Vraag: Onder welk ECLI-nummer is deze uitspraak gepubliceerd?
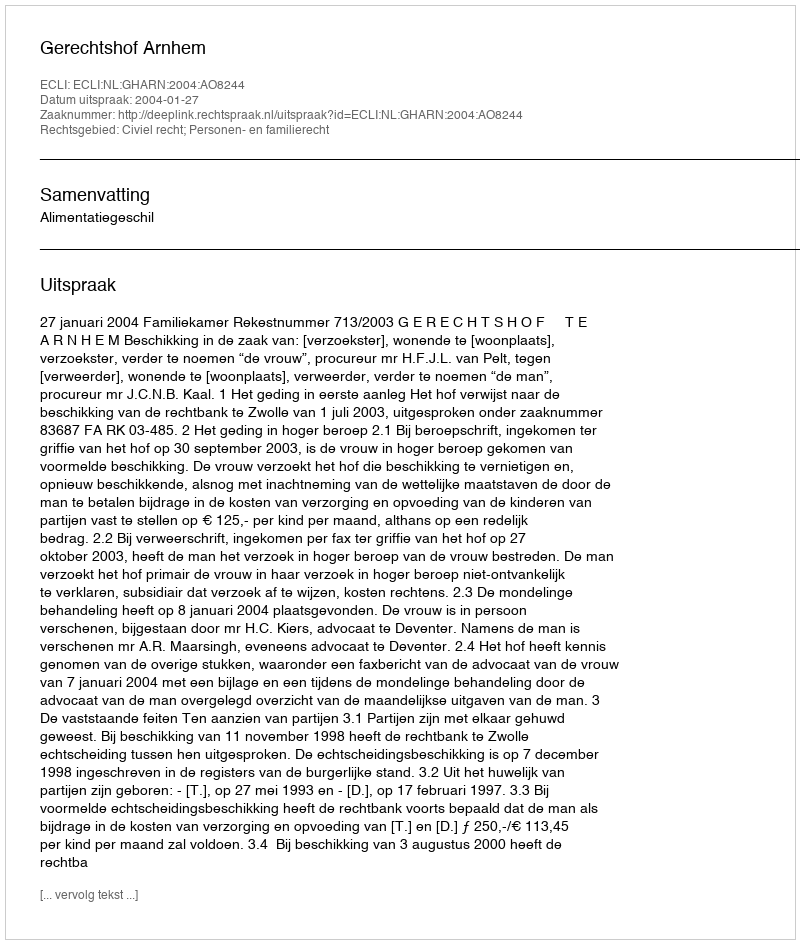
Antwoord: ECLI:NL:GHARN:2004:AO8244